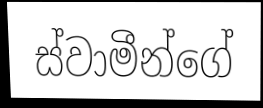
ස්වාමීන්ගේ